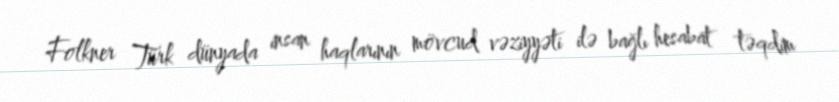
Folkner Türk dünyada insan haqlarının mövcud vəziyyəti ilə bağlı hesabat təqdim